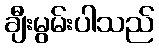
ချီးမွမ်းပါသည်